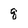
Character: q